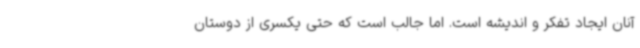
آنان ایجاد تفکر و اندیشه است. اما جالب است که حتی یکسری از دوستان